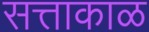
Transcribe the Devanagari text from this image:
सत्ताकाळ